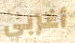
أغربي